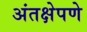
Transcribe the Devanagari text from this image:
अंतक्षेपणे